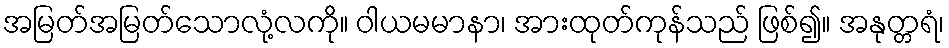
အမြတ်အမြတ်သောလုံ့လကို။ ဝါယမမာနာ၊ အားထုတ်ကုန်သည် ဖြစ်၍။ အနုတ္တရံ၊